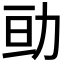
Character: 𠡚